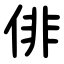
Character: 俳